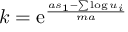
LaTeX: k = \mathrm { e } ^ { \frac { a s _ { 1 } - \sum \log u _ { i } } { m a } }